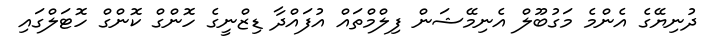
ދުނިޔޭގެ އެންމެ މަގުބޫލް އެނިމޭޝަން ފިލްމްތައް އުފައްދާ ޑިޒްނީގެ ހޮންގް ކޮންގް ހޮޓަލްގައި